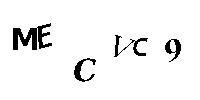
MECVC9